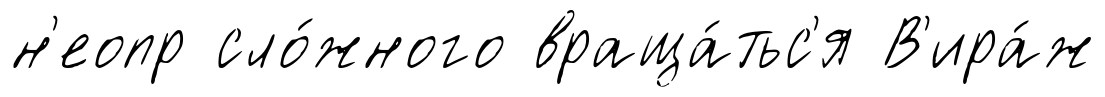
н'еопр сло́жного враща́тьс'я В'ира́ж